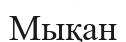
Мықан